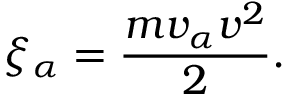
\xi _ { \alpha } = { \frac { m v _ { \alpha } v ^ { 2 } } { 2 } } .